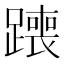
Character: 𫟣